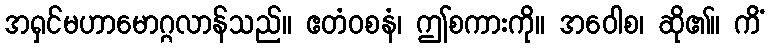
အရှင်မဟာမောဂ္ဂလာန်သည်။ ဧတံဝစနံ၊ ဤစကားကို။ အဝေါစ၊ ဆို၏။ ကိံ